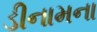
ડીનામના